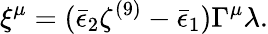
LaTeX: \xi^{\mu}=(\bar{\epsilon}_{2}\zeta^{(9)}-\bar{\epsilon}_{1})\Gamma^{\mu}\lambda.